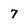
Character: 7